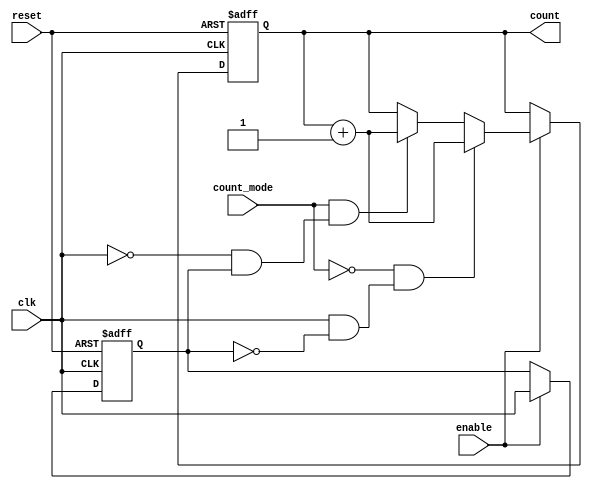
module edge_counter (
    input wire clk,         // Clock input
    input wire enable,      // Enable signal
    input wire reset,       // Asynchronous reset
    input wire count_mode,  // Count mode: 0 for rising edges, 1 for falling edges
    output reg [31:0] count // 32-bit output count (sufficient width)
);

// Register to hold the previous clock state
reg prev_clk;

// Asynchronous reset, edge detection and counting logic
always @(posedge clk or posedge reset) begin
    if (reset) begin
        count <= 32'b0;       // Reset count to 0
        prev_clk <= 1'b0;     // Initialize previous clock state
    end else if (enable) begin
        // Edge detection logic
        if (~count_mode && (clk && ~prev_clk)) begin
            // Rising edge detected
            count <= count + 1;
        end else if (count_mode && (~clk && prev_clk)) begin
            // Falling edge detected
            count <= count + 1;
        end
        // Update previous clock state
        prev_clk <= clk;
    end
end

endmodule